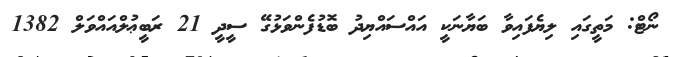
ނޯޓް: މަތީގައި ލިޔެފައިވާ ބަޔާނަކީ އައްސައްޔިދު ބޮޑުފެންވަޅުގޭ ސީދީ 21 ރަބީޢުލްއައްވަލް 1382